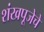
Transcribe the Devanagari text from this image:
शंखपूजेचे